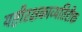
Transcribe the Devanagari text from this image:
यष्टीरक्षकाव्यतिरीक्त